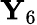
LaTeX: \mathbf{Y}_{6}